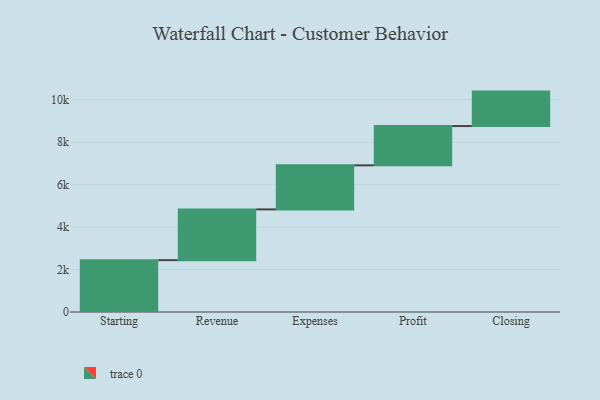
{"axis": {"x": "Step", "y": "Value"}, "legend": [""], "data": [{"x": "Starting", "y": 2444.0, "type": ""}, {"x": "Revenue", "y": 2393.0, "type": ""}, {"x": "Expenses", "y": 2076.0, "type": ""}, {"x": "Profit", "y": 1852.0, "type": ""}, {"x": "Closing", "y": 1624.0, "type": ""}]}